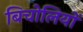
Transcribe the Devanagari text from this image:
बिचोलियों